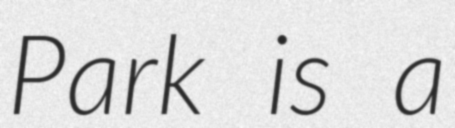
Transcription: Park is a